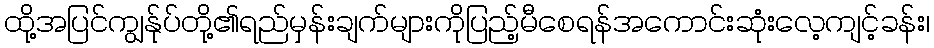
ထို့အပြင်ကျွန်ုပ်တို့၏ရည်မှန်းချက်များကိုပြည့်မီစေရန်အကောင်းဆုံးလေ့ကျင့်ခန်း၊